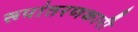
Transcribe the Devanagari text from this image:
रूपांतरणकारी